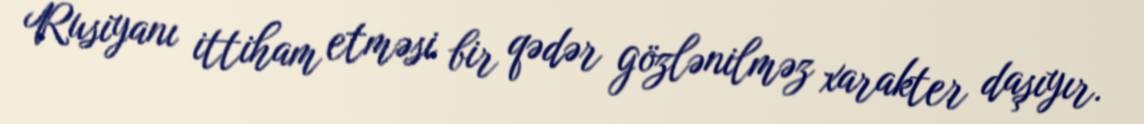
Rusiyanı ittiham etməsi bir qədər gözlənilməz xarakter daşıyır.